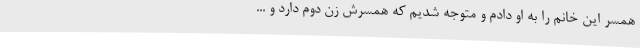
همسر این خانم را به او دادم و متوجه شدیم که همسرش زن دوم دارد و ...